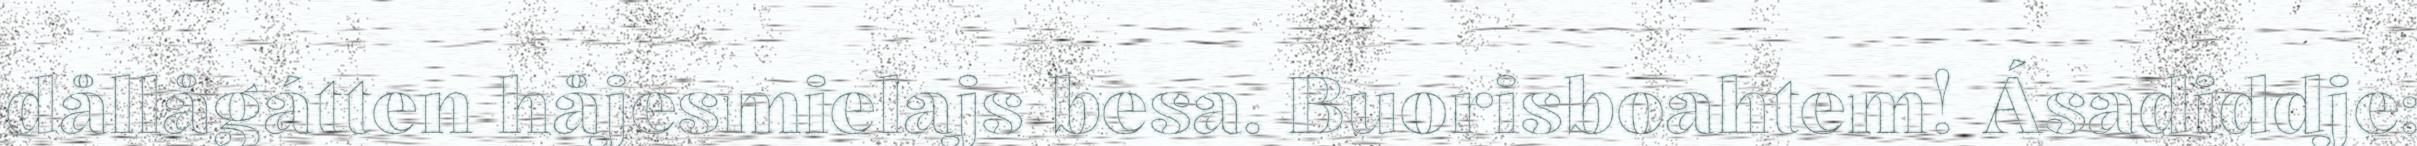
dållågátten håjesmielajs besa. Buorisboahtem! Ásadiddje: